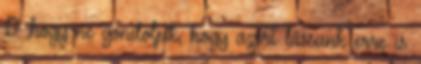
:D ,hogy ne gondoljuk, hogy azért lássunk erre is